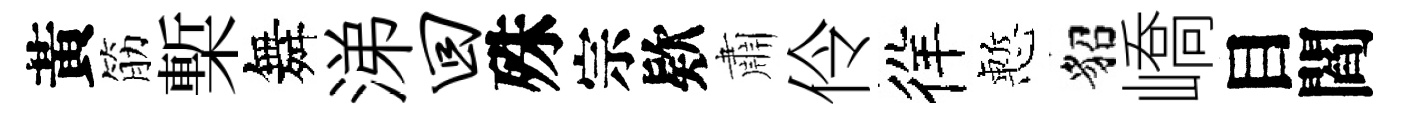
黃筋槧舞涕回殊宗欵肅伶徉慙貂嶠目閻